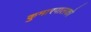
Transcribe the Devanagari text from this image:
कुमारपालको